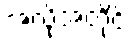
အလိုအတိုင်း